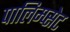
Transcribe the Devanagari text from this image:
पालिम्प्सेट